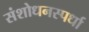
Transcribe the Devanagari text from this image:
संशोधनस्पर्धा